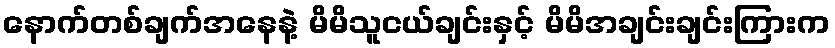
နောက်တစ်ချက်အနေနဲ့ မိမိသူငယ်ချင်းနှင့် မိမိအချင်းချင်းကြားက